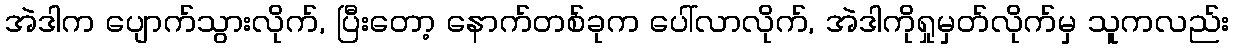
အဲဒါက ပျောက်သွားလိုက်, ပြီးတော့ နောက်တစ်ခုက ပေါ်လာလိုက်, အဲဒါကိုရှုမှတ်လိုက်မှ သူကလည်း